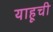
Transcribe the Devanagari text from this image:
याहूची